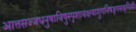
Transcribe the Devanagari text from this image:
आत्तसज्जधनुषाविषुस्पृशावक्षयाशुगनिषङ्गसङ्गिनौ।